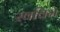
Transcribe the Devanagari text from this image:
स्वविम